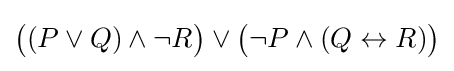
{\big (}(P\lor Q)\land \neg R{\big )}\lor {\big (}\neg P\land (Q\leftrightarrow R){\big )}